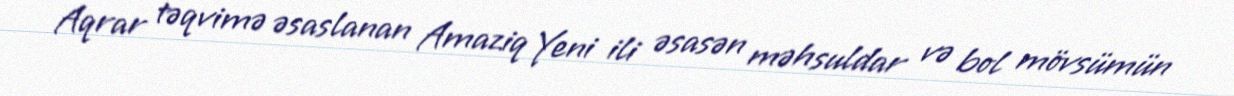
Aqrar təqvimə əsaslanan Amaziq Yeni ili əsasən məhsuldar və bol mövsümün